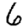
Digit: 6